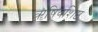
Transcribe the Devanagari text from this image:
ॠषिवशिष्ठ